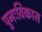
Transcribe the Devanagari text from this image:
पुनःविकास